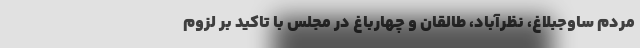
مردم ساوجبلاغ، نظرآباد، طالقان و چهارباغ در مجلس با تاکید بر لزوم